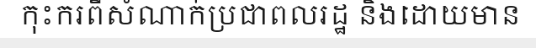
កុះករពីសំណាក់ប្រជាពលរដ្ឋ និងដោយមាន